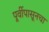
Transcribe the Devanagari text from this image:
पूर्वीपासूनचा